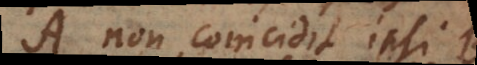
A non coincidit ipsi B